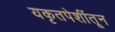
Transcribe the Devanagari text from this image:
यकृतपेशींतून